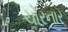
ચોરનાર